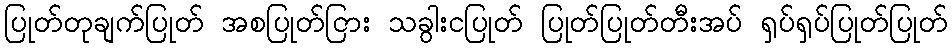
ပြုတ်တုချက်ပြုတ် အစပြုတ်ငြား သခွါးငပြုတ် ပြုတ်ပြုတ်တီးအပ် ရှပ်ရှပ်ပြုတ်ပြုတ်